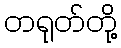
တရုတ်တို့